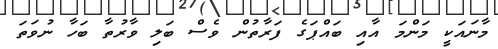
މާނައަކީ މަންމަ އާއި ބައްޕަގެ ފަރާތުން ވެސް ބަލި ވާރުތާ ބަހާ ނުވަތަ